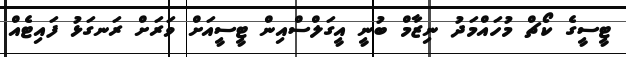
ޓީސީގެ ކޯޗް މުހައްމަދު ނިޒާމް ބުނީ އީގަލްސްއިން ޓީސީއަށް ވަރަށް ރަނގަޅު ފައިޓެއް